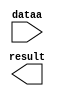
// megafunction wizard: %LPM_MULT%VBB%
// GENERATION: STANDARD
// VERSION: WM1.0
// MODULE: lpm_mult 

// ============================================================
// Megafunction Name(s):
// 			lpm_mult
//
// Simulation Library Files(s):
// 			lpm
// ============================================================
// ************************************************************
// THIS IS A WIZARD-GENERATED FILE. DO NOT EDIT THIS FILE!
//
// 13.0.1 Build 232 06/12/2013 SP 1 SJ Full Version
// ************************************************************

//Copyright (C) 1991-2013 Altera Corporation
//Your use of Altera Corporation's design tools, logic functions 
//and other software and tools, and its AMPP partner logic 
//functions, and any output files from any of the foregoing 
//(including device programming or simulation files), and any 
//associated documentation or information are expressly subject 
//to the terms and conditions of the Altera Program License 
//Subscription Agreement, Altera MegaCore Function License 
//Agreement, or other applicable license agreement, including, 
//without limitation, that your use is for the sole purpose of 
//programming logic devices manufactured by Altera and sold by 
//Altera or its authorized distributors.  Please refer to the 
//applicable agreement for further details.

module mult_cons3 (
	dataa,
	result);

	input	[17:0]  dataa;
	output	[31:0]  result;

endmodule

// ============================================================
// CNX file retrieval info
// ============================================================
// Retrieval info: PRIVATE: AutoSizeResult NUMERIC "1"
// Retrieval info: PRIVATE: B_isConstant NUMERIC "1"
// Retrieval info: PRIVATE: ConstantB NUMERIC "6062"
// Retrieval info: PRIVATE: INTENDED_DEVICE_FAMILY STRING "Cyclone V"
// Retrieval info: PRIVATE: LPM_PIPELINE NUMERIC "0"
// Retrieval info: PRIVATE: Latency NUMERIC "0"
// Retrieval info: PRIVATE: SYNTH_WRAPPER_GEN_POSTFIX STRING "0"
// Retrieval info: PRIVATE: SignedMult NUMERIC "1"
// Retrieval info: PRIVATE: USE_MULT NUMERIC "1"
// Retrieval info: PRIVATE: ValidConstant NUMERIC "1"
// Retrieval info: PRIVATE: WidthA NUMERIC "18"
// Retrieval info: PRIVATE: WidthB NUMERIC "14"
// Retrieval info: PRIVATE: WidthP NUMERIC "32"
// Retrieval info: PRIVATE: aclr NUMERIC "0"
// Retrieval info: PRIVATE: clken NUMERIC "0"
// Retrieval info: PRIVATE: new_diagram STRING "1"
// Retrieval info: PRIVATE: optimize NUMERIC "1"
// Retrieval info: LIBRARY: lpm lpm.lpm_components.all
// Retrieval info: CONSTANT: LPM_HINT STRING "INPUT_B_IS_CONSTANT=YES,MAXIMIZE_SPEED=9"
// Retrieval info: CONSTANT: LPM_REPRESENTATION STRING "SIGNED"
// Retrieval info: CONSTANT: LPM_TYPE STRING "LPM_MULT"
// Retrieval info: CONSTANT: LPM_WIDTHA NUMERIC "18"
// Retrieval info: CONSTANT: LPM_WIDTHB NUMERIC "14"
// Retrieval info: CONSTANT: LPM_WIDTHP NUMERIC "32"
// Retrieval info: USED_PORT: dataa 0 0 18 0 INPUT NODEFVAL "dataa[17..0]"
// Retrieval info: USED_PORT: result 0 0 32 0 OUTPUT NODEFVAL "result[31..0]"
// Retrieval info: CONNECT: @dataa 0 0 18 0 dataa 0 0 18 0
// Retrieval info: CONNECT: @datab 0 0 14 0 6062 0 0 14 0
// Retrieval info: CONNECT: result 0 0 32 0 @result 0 0 32 0
// Retrieval info: GEN_FILE: TYPE_NORMAL mult_cons3.v TRUE
// Retrieval info: GEN_FILE: TYPE_NORMAL mult_cons3.inc FALSE
// Retrieval info: GEN_FILE: TYPE_NORMAL mult_cons3.cmp FALSE
// Retrieval info: GEN_FILE: TYPE_NORMAL mult_cons3.bsf TRUE
// Retrieval info: GEN_FILE: TYPE_NORMAL mult_cons3_inst.v TRUE
// Retrieval info: GEN_FILE: TYPE_NORMAL mult_cons3_bb.v TRUE
// Retrieval info: LIB_FILE: lpm